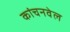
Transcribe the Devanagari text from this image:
कांचनवेल